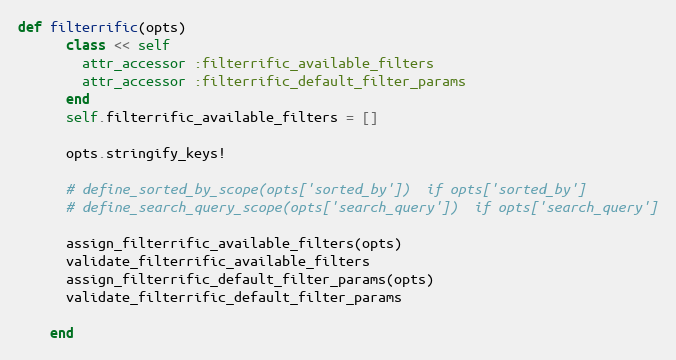
Language: Ruby
def filterrific(opts)
      class << self
        attr_accessor :filterrific_available_filters
        attr_accessor :filterrific_default_filter_params
      end
      self.filterrific_available_filters = []

      opts.stringify_keys!

      # define_sorted_by_scope(opts['sorted_by'])  if opts['sorted_by']
      # define_search_query_scope(opts['search_query'])  if opts['search_query']

      assign_filterrific_available_filters(opts)
      validate_filterrific_available_filters
      assign_filterrific_default_filter_params(opts)
      validate_filterrific_default_filter_params

    end